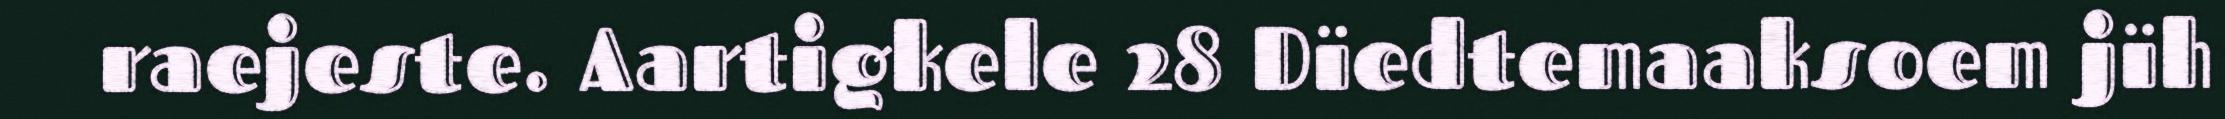
raejeste. Aartigkele 28 Dïedtemaaksoem jïh